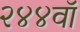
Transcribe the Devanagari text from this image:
२४४वॉ